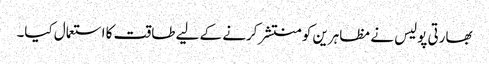
بھارتی پولیس نے مظاہرین کو منتشر کرنے کے لیے طاقت کا استعمال کیا۔